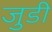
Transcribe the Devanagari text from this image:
जुडी